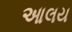
આલય